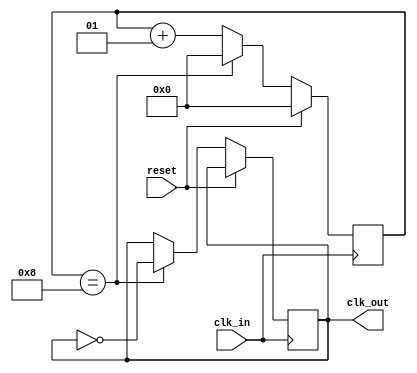
`timescale 1ns / 1ps
//////////////////////////////////////////////////////////////////////////////////
// Company: 
// Engineer: 
// 
// Design Name: 
// Module Name: divider2
// Project Name: 
// Target Devices: 
// Tool Versions: 
// Description: 
// 
// Dependencies: 
// 
// Revision:
// Revision 0.01 - File Created
// Additional Comments:
// 
//////////////////////////////////////////////////////////////////////////////////


module divider2(
    input clk_in,
    input reset,
    output reg clk_out
    );
    
    integer count;
    integer div = 8;
    
    always@(posedge clk_in) begin
        if (reset) begin
            count <= 0;
        end
        else if (count == div) begin
            clk_out <= ~clk_out;
            count <= 0; end
        else count <= count + 1;
    end
endmodule